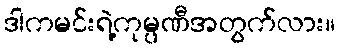
ဒါကမင်းရဲ့ကုမ္ပဏီအတွက်လား။